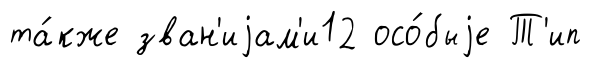
та́кже зван'иjам'и12 осо́быjе Т'ип